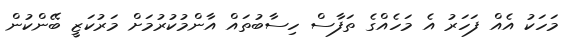
މަހަކު އެއް ފަހަރު އެ މަހެއްގެ ތަފާސް ހިސާބުތައް އާންމުކުރުމަށް މަރުކަޒީ ބޭންކުން